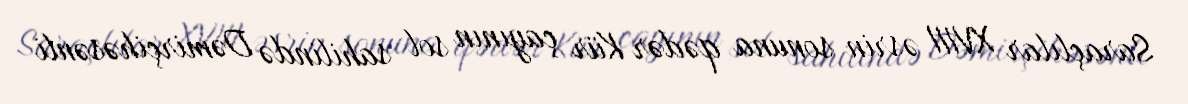
Saraçlılar XVIII əsrin sonuna qədər Kür çayının sol sahilində Dəmirçihəsənli